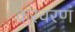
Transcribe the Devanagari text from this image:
करचरणं